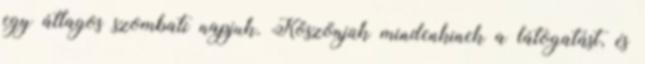
egy átlagos szombati napjuk. Köszönjük mindenkinek a látogatást, és